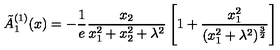
\tilde { A } _ { 1 } ^ { ( 1 ) } ( x ) = - \frac { 1 } { e } \frac { x _ { 2 } } { x _ { 1 } ^ { 2 } + x _ { 2 } ^ { 2 } + \lambda ^ { 2 } } \left[ 1 + \frac { x _ { 1 } ^ { 2 } } { ( x _ { 1 } ^ { 2 } + \lambda ^ { 2 } ) ^ { \frac { 3 } { 2 } } } \right]